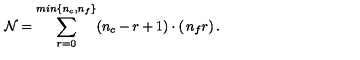
{ \cal N } = \sum _ { r = 0 } ^ { m i n \{ n _ { c } , n _ { f } \} } ( n _ { c } - r + 1 ) \cdot \left( \begin{matrix} { n _ { f } } \\ { r } \\ \end{matrix} \right) . \,